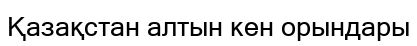
Қазақстан алтын кен орындары